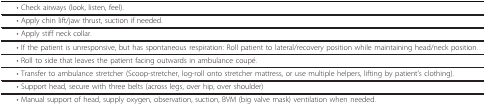
<table><thead><tr><td><b> • Check airways (look, listen, feel).</b></td></tr></thead><tbody><tr><td> • Apply chin lift/jaw thrust, suction if needed.</td></tr><tr><td> • Apply stiff neck collar.</td></tr><tr><td> • If the patient is unresponsive, but has spontaneous respiration: Roll patient to lateral/recovery position while maintaining head/neck position.</td></tr><tr><td> • Roll to side that leaves the patient facing outwards in ambulance coupé.</td></tr><tr><td> • Transfer to ambulance stretcher (Scoop-stretcher, log-roll onto stretcher mattress, or use multiple helpers, lifting by patient&#x27;s clothing).</td></tr><tr><td> • Support head, secure with three belts (across legs, over hip, over shoulder)</td></tr><tr><td> • Manual support of head, supply oxygen, observation, suction, BVM (big valve mask) ventilation when needed.</td></tr></tbody></table>